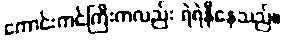
ကောင်းကင်ကြီးကလည်း ရဲရဲနီနေသည်။